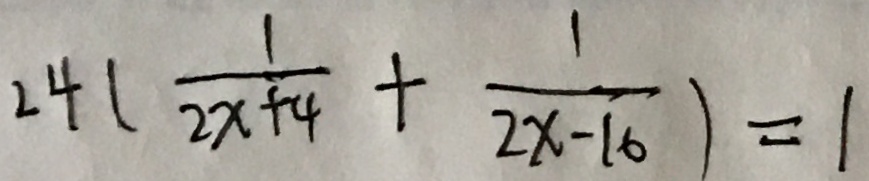
2 4 ( \frac { 1 } { 2 x + 4 } + \frac { 1 } { 2 x - 1 6 } ) = 1